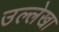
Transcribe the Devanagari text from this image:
उल्लेखा